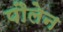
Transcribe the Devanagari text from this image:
पौलेन